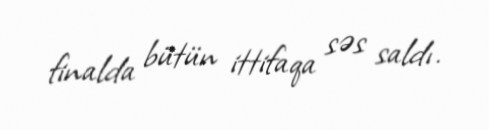
finalda bütün ittifaqa səs saldı.